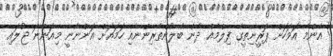
އެންމެ އަވަހަށް ޕަރީނިތީގެ ފިލްމެއް ދެން ބެލުންތެރިންނާއި ހަމައަށް އަންނާނީ މިއަންނަ ޖުލައި